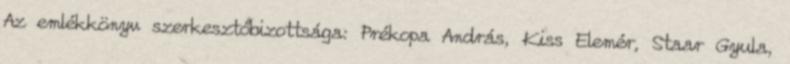
Az emlékkönyv szerkesztőbizottsága: Prékopa András, Kiss Elemér, Staar Gyula,